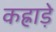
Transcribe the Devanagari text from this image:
कह्राड़े